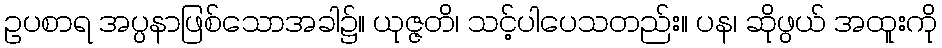
ဥပစာရ အပ္ပနာဖြစ်သောအခါ၌။ ယုဇ္ဇတိ၊ သင့်ပါပေသတည်း။ ပန၊ ဆိုဖွယ် အထူးကို